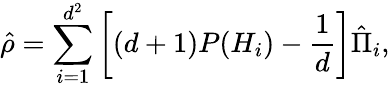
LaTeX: {\hat{\rho}}=\sum_{i=1}^{d^{2}}\left[(d+1)P(H_{i})-{\frac{1}{d}}\right]{\hat{\Pi}}_{i},